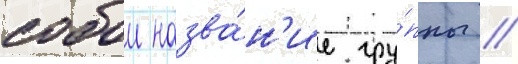
собои назва́н'ие гру́ппы /